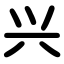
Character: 兴